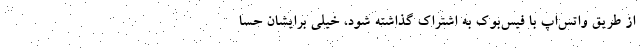
از طریق واتس‌اپ با فیس‌بوک به اشتراک گذاشته شود، خیلی برایشان حسا